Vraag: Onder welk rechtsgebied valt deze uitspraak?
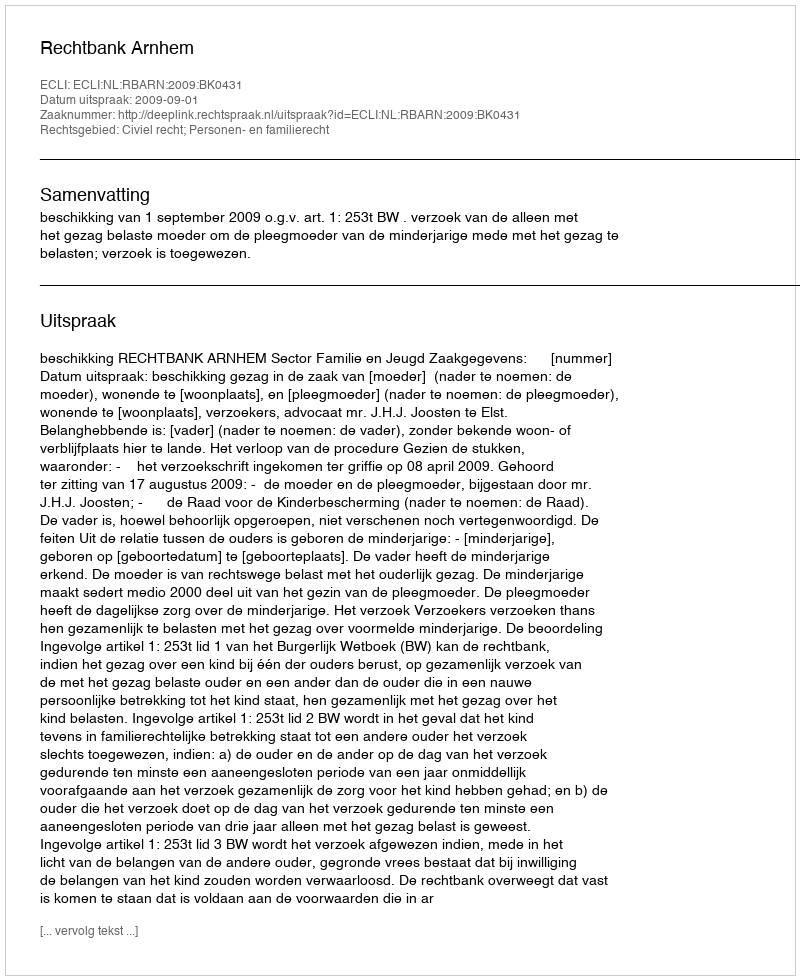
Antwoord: Civiel recht; Personen- en familierecht